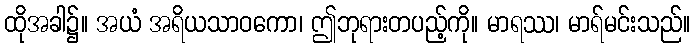
ထိုအခါ၌။ အယံ အရိယသာဝကော၊ ဤဘုရားတပည့်ကို။ မာရဿ၊ မာရ်မင်းသည်။